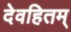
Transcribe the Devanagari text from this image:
देवहितम्